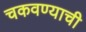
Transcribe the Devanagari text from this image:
चकवण्याची